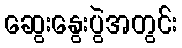
ဆွေးနွေးပွဲအတွင်း